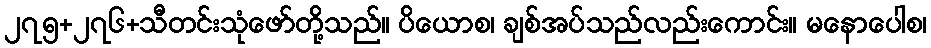
၂၇၅+၂၇၆+သီတင်းသုံဖော်တို့သည်။ ပိယောစ၊ ချစ်အပ်သည်လည်းကောင်း။ မနောပေါစ၊